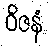
ဝိဇနံ